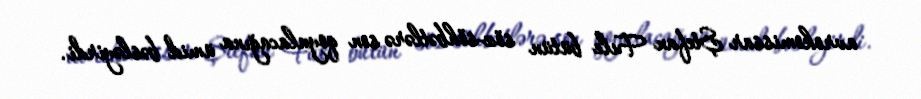
avrokomissar Ştefan Fule bütün söz-söhbətlərə son qoyulacağına ümid bəsləyirdi.